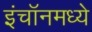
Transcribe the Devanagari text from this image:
इंचॉनमध्ये